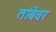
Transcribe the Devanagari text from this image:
तांबेंवर